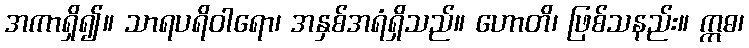
အကာရှိ၍။ သာရပရိဝါရော၊ အနှစ်အရံရှိသည်။ ဟောတိ၊ ဖြစ်သနည်း။ ဣဓ၊